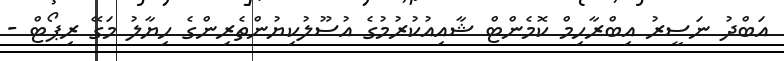
އަބްދު ނަސީރު އިބްރާހިމް ކޮމެންޓް ޝާއިއުކުރުމުގެ އުސޫލުކިޔުންތެރިންގެ ހިޔާލު މަގޭ ރިޕޯޓް -